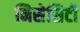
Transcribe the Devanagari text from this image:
निसेसिटी